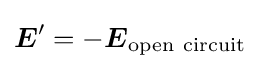
{\boldsymbol {E}}'=-{\boldsymbol {E}}_{\mathrm {open\ circuit} }